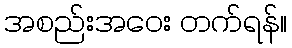
အစည်းအဝေး တက်ရန်။